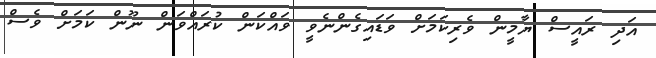
އަދި ރައީސް ޔާމީން ވެރިކަމަށް ވަޑައިގެންނެވީ ވައްކަން ކުރައްވަން ނޫން ކަމަށް ވެސް